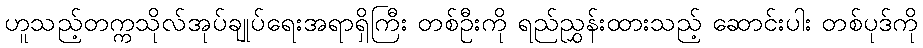
ဟူသည့်တက္ကသိုလ်အုပ်ချုပ်ရေးအရာရှိကြီး တစ်ဦးကို ရည်ညွှန်းထားသည့် ဆောင်းပါး တစ်ပုဒ်ကို